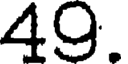
49.